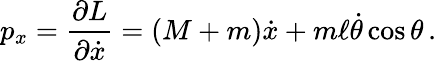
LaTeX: p_{x}={\frac{\partial L}{\partial{\dot{x}}}}=(M+m){\dot{x}}+m\ell{\dot{\theta}}\cos\theta\, .